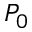
P _ { 0 }